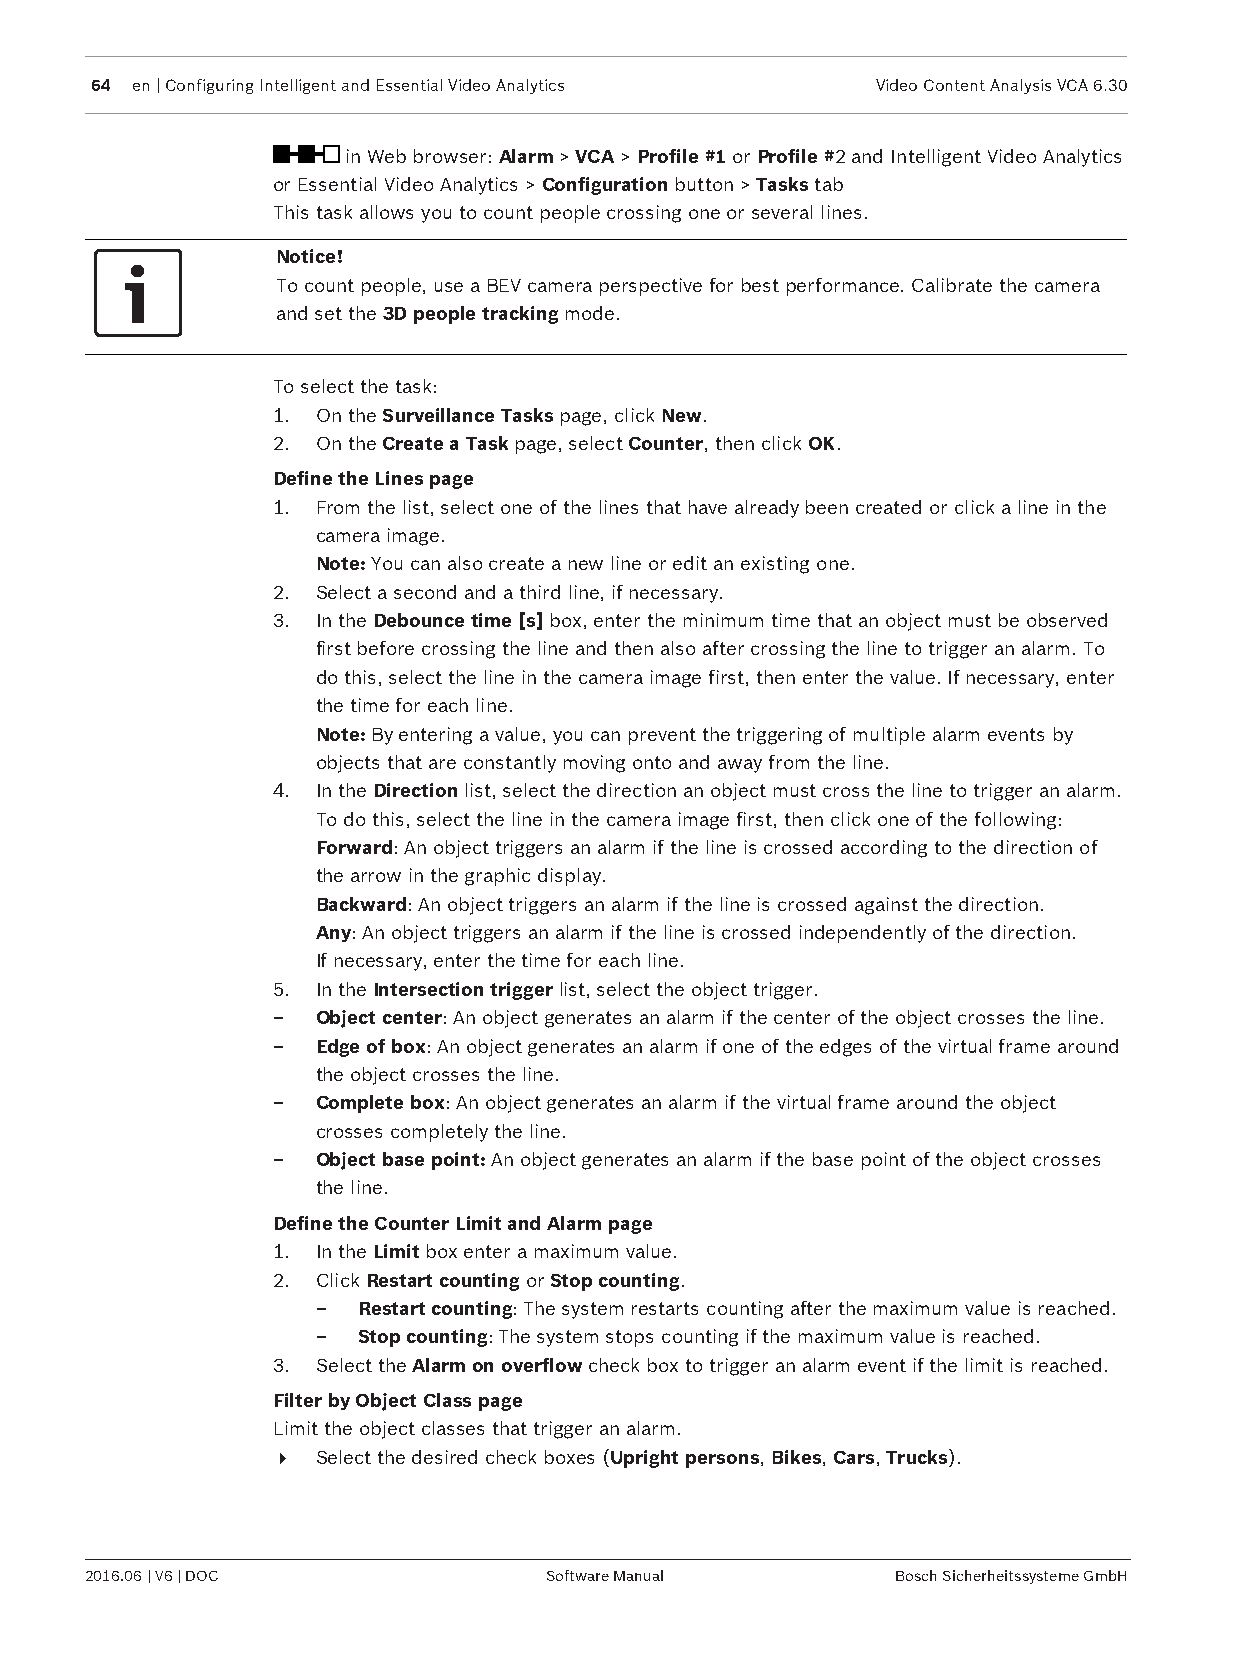
64 en | Configuring Intelligent and Essential Video Analytics Video Content Analysis VCA 6.30
 in Web browser: Alarm > VCA > Profile #1 or Profile #2 and Intelligent Video Analytics
 or Essential Video Analytics > Configuration button > Tasks tab
 This task allows you to count people crossing one or several lines.
 Notice!
 To count people, use a BEV camera perspective for best performance. Calibrate the camera
 and set the 3D people tracking mode.
 To select the task:
 1. On the Surveillance Tasks page, click New.
 2. On the Create a Task page, select Counter, then click OK.
 Define the Lines page
 1. From the list, select one of the lines that have already been created or click a line in the
 camera image.
 Note: You can also create a new line or edit an existing one.
 2. Select a second and a third line, if necessary.
 3. In the Debounce time [s] box, enter the minimum time that an object must be observed
 first before crossing the line and then also after crossing the line to trigger an alarm. To
 do this, select the line in the camera image first, then enter the value. If necessary, enter
 the time for each line.
 Note: By entering a value, you can prevent the triggering of multiple alarm events by
 objects that are constantly moving onto and away from the line.
 4. In the Direction list, select the direction an object must cross the line to trigger an alarm.
 To do this, select the line in the camera image first, then click one of the following:
 Forward: An object triggers an alarm if the line is crossed according to the direction of
 the arrow in the graphic display.
 Backward: An object triggers an alarm if the line is crossed against the direction.
 Any: An object triggers an alarm if the line is crossed independently of the direction.
 If necessary, enter the time for each line.
 5. In the Intersection trigger list, select the object trigger.
 –  Object center: An object generates an alarm if the center of the object crosses the line.
 –  Edge of box: An object generates an alarm if one of the edges of the virtual frame around
 the object crosses the line.
 –  Complete box: An object generates an alarm if the virtual frame around the object
 crosses completely the line.
 –  Object base point: An object generates an alarm if the base point of the object crosses
 the line.
 Define the Counter Limit and Alarm page
 1. In the Limit box enter a maximum value.
 2. Click Restart counting or Stop counting.
 –  Restart counting: The system restarts counting after the maximum value is reached.
 –  Stop counting: The system stops counting if the maximum value is reached.
 3. Select the Alarm on overflow check box to trigger an alarm event if the limit is reached.
 Filter by Object Class page
 Limit the object classes that trigger an alarm.
 4  Select the desired check boxes (Upright persons, Bikes, Cars, Trucks).
 2016.06 | V6 | DOC            Software Manual        Bosch Sicherheitssysteme GmbH